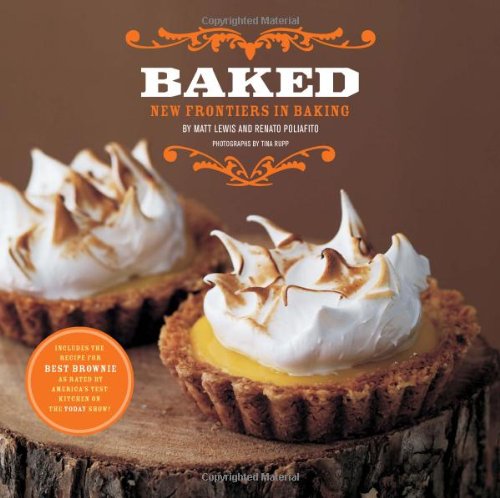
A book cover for Baked: New Frontiers in Baking; Matt Lewis; Cookbooks, Food & Wine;